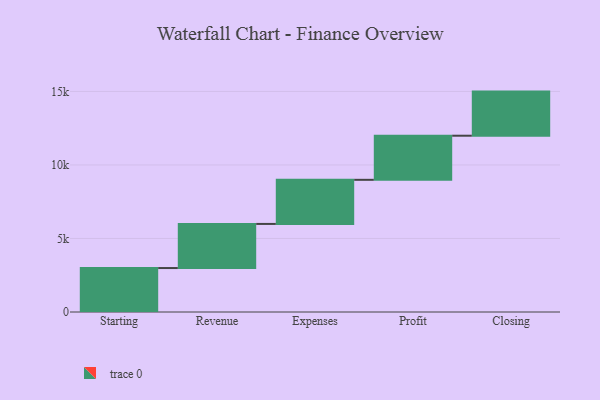
{"axis": {"x": "Step", "y": "Value"}, "legend": [""], "data": [{"x": "Starting", "y": 2990.0, "type": ""}, {"x": "Revenue", "y": 3000, "type": ""}, {"x": "Expenses", "y": 3000, "type": ""}, {"x": "Profit", "y": 3000, "type": ""}, {"x": "Closing", "y": 3000, "type": ""}]}